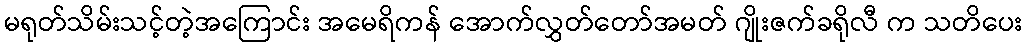
မရုတ်သိမ်းသင့်တဲ့အကြောင်း အမေရိကန် အောက်လွှတ်တော်အမတ် ဂျိုးဇက်ခရိုလီ က သတိပေး